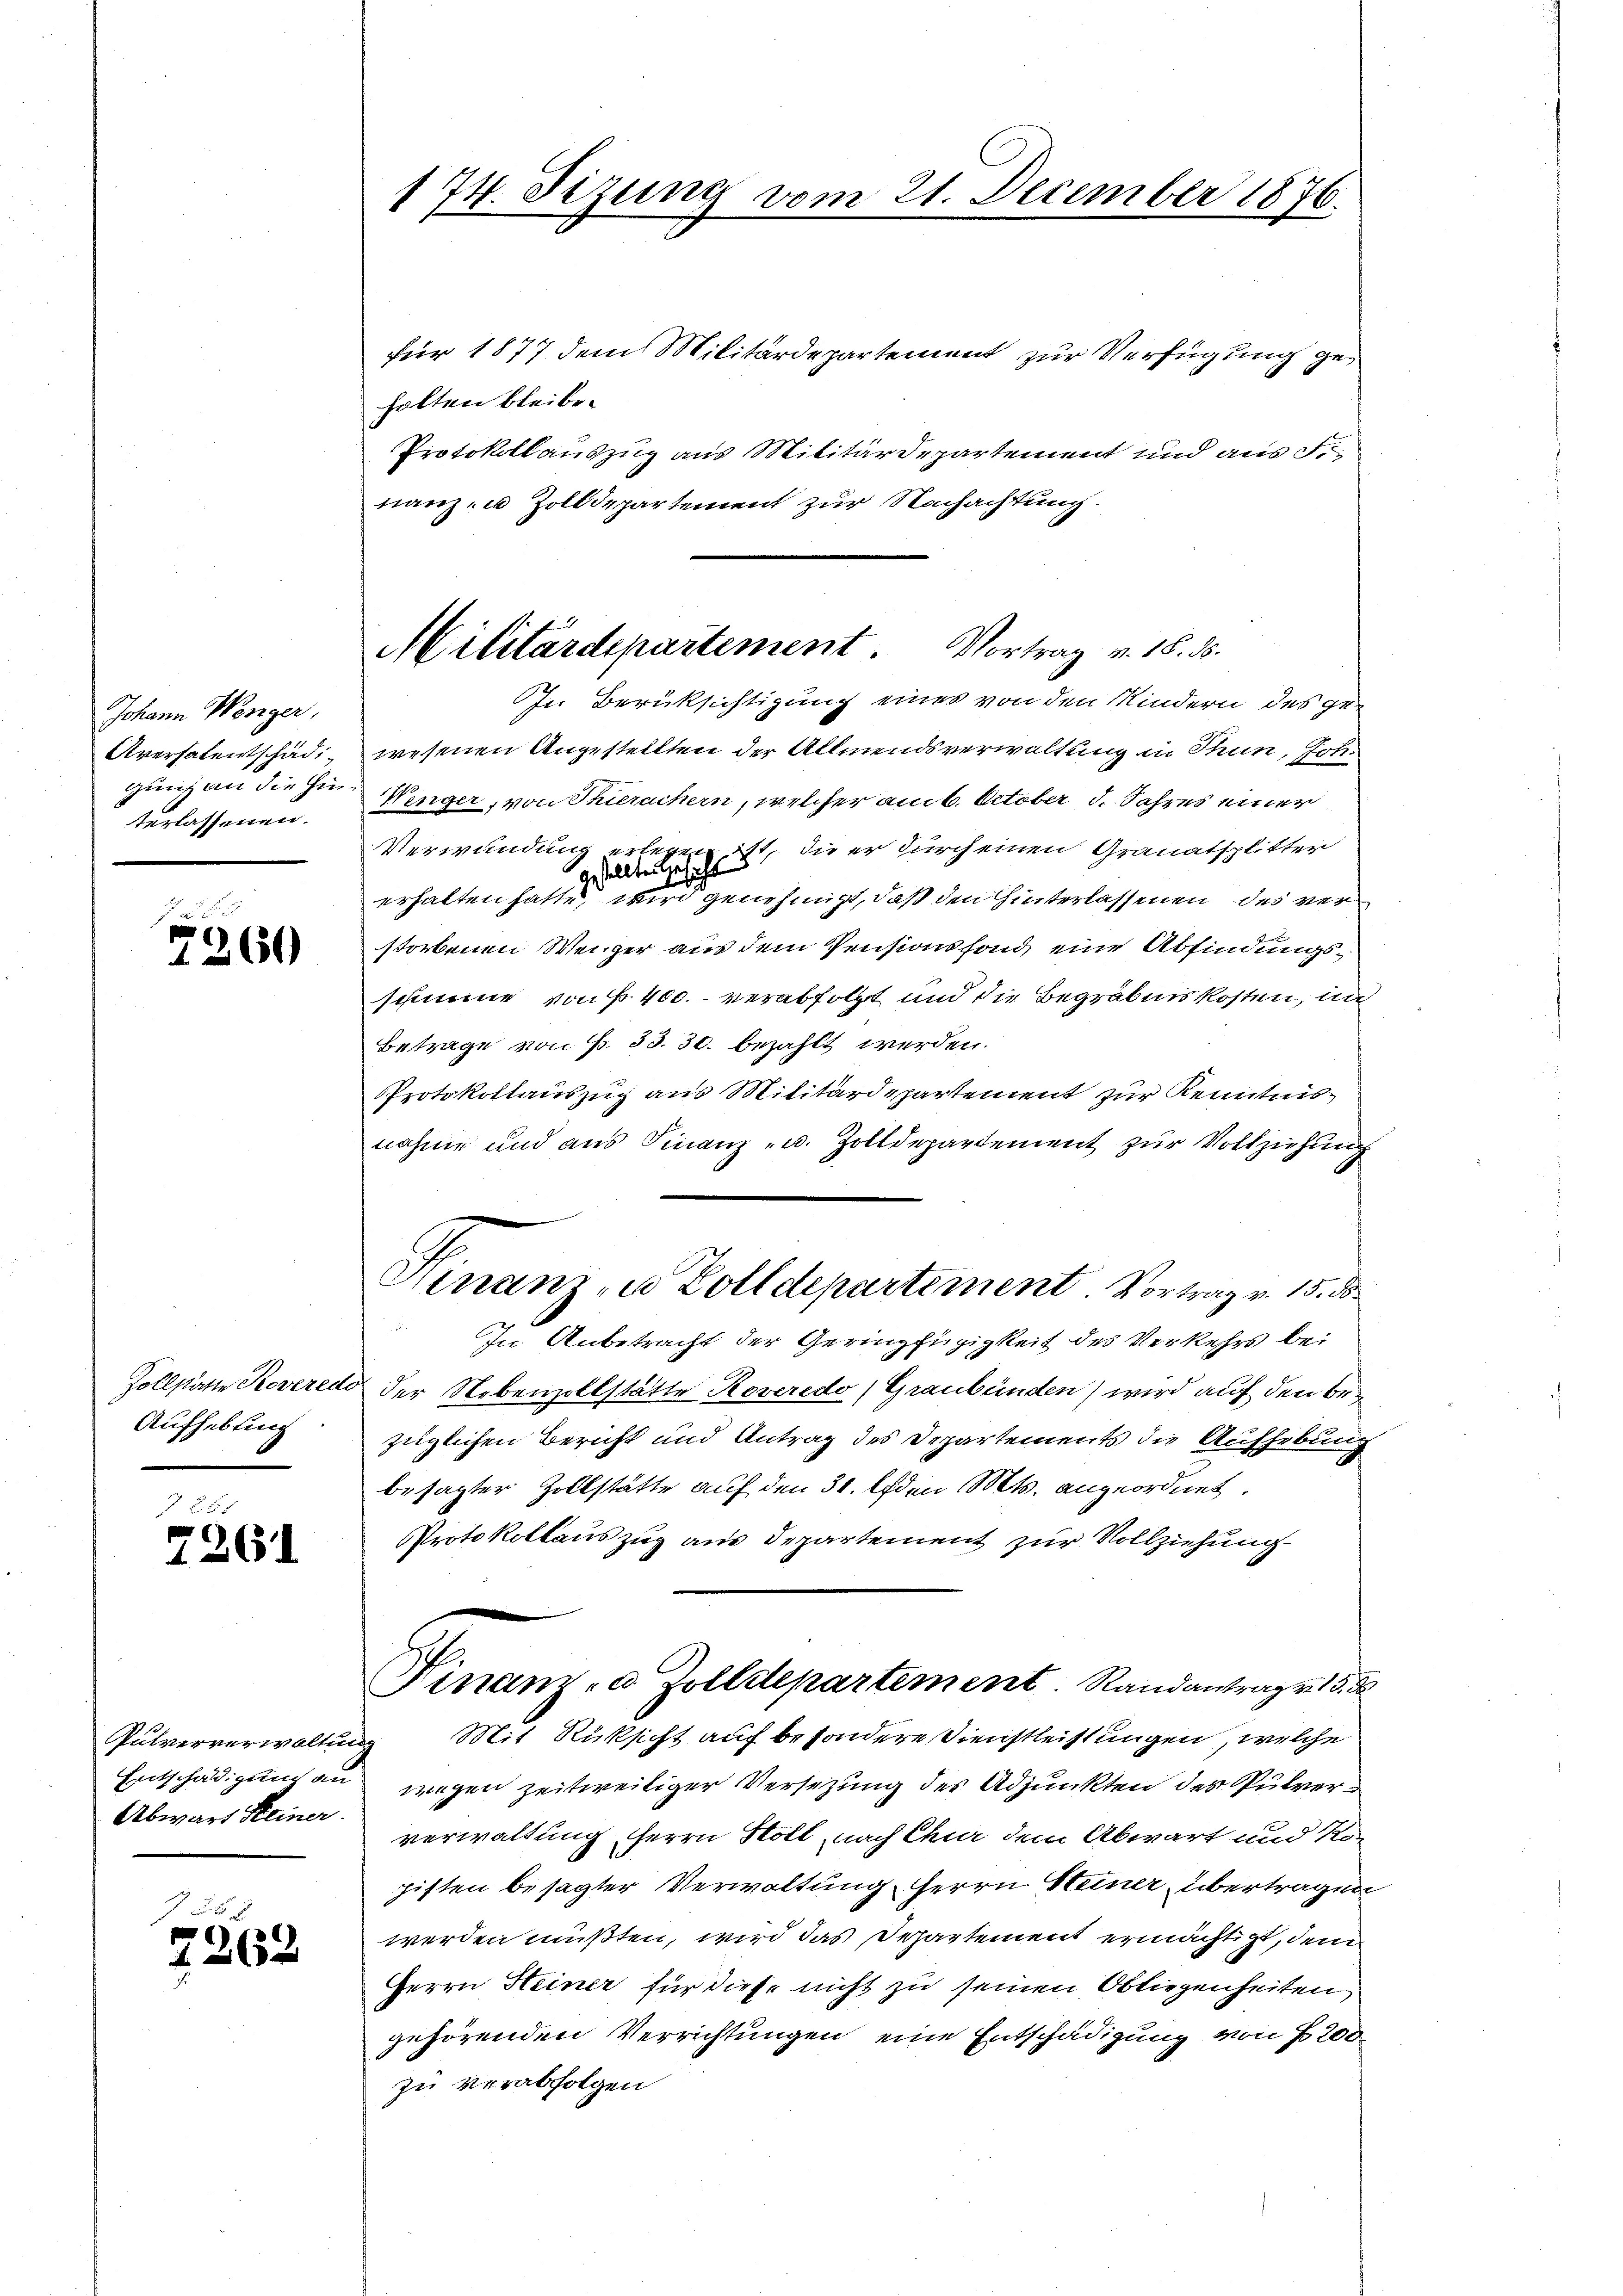
Johann Weniger,
Aversalentschädigung an die Hinterlassenen.

e
7260

Zollstatte Roveredi
Aufhebung

7 281
2261

Entschädigung an
Abwart Steiner

J
2262

174. Sizung vom 21. December 1876.

Militärdepartement. Vortrag v. 18. 35.

für 1877 dem Militärdepartement zur Verfügung geholten bleibe.
Protokollauszug aus Militärdepartement und aus F
nanz- u Zolldepartement zur Nachachtung.
In Berüksichtigung eines von den Kindern des gewesenen Angestellten der Allmendsverwaltung in Thun, Joh.
Winger, von Thuruchern, welcher am 6. October d. Jahres einer
Verwundung erlegen ist, die er durch einen Granatsplitter
gestellten Gesetzt
erhalten hatte wird genehmigt, daß den hinterlassenen des verstorbenen Wenger aus dem Pensionsfond eine Abfindungsschmie von P. 400. verabfolgt und die Begräbniskosten, un
Betrage von P. 33. 30. bezahlt werden.
Protokollauszug aus Militärdepartement zur Kenntnisnahme und aus Finanz- u. Zolldepartement zur Vollziehung
Hinanz zu Zolldepartement. Vortrag v. 15. ds.
In Anbetracht der Geringfügigkeit des Verkehrs bei
 der Nebenzollstätte Roveredo (Graubünden) wird auf den Bezüglichen Bericht und Antrag des Departements die Aufhebung
besagter Zollstätte auf den 31. den Mts. angeordnet.
Protokollaus zug aus Departement zur Vollziehung
Finanz- u. Zolldepartement. Randantrag v. 15. d.
Pulververwaltung Mit Rüksicht auf besondere Dienstleistungen, welche
wegen zeitweiliger Versetzung des Adjunkten des Pulververwaltung herrn Stoll nach Chur dem Abwart und No-
histen besagter Verwaltung, Herrn Steiner übertragen
werden müßten, wird das Departement ermächtigt, dem
Herrn Heiner für diese nicht zu seinen Obliegenheiten,
gehörenden Verrichtungen eine Entschädigung von § 200
zu verabfolgen